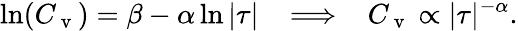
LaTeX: \ln(C_{\mathrm{~v~}})=\beta-\alpha\ln\vert\tau\vert\; \; \implies\; \; C_{\mathrm{~v~}}\propto\vert\tau\vert^{-\alpha}.